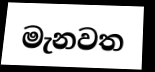
මැනවත